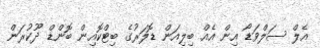
އެލް ސަލްވަޑޯ އިން އެއް ބިލިއަން ޑޮލަރުގެ ބިޓްކޮއިން ބޮންޑް ދޫކުރަން